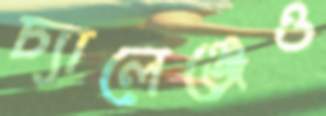
চ্যালেঞ্জেও